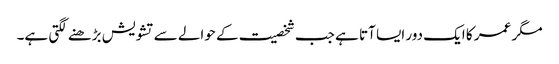
مگر عمر کا ایک دور ایسا آتا ہے جب شخصیت کے حوالے سے تشویش بڑھنے لگتی ہے۔